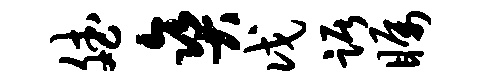
斌爽戊踞瞩